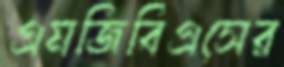
এমজিবিএসের